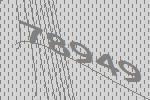
78949